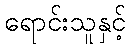
ရောင်းသူနှင့်